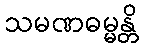
သမဏဓမ္မန္တိ